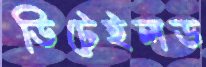
ডিটেইলড